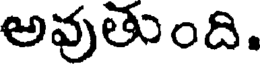
అవుతుంది.